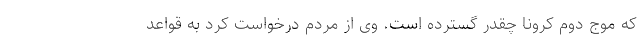
که موج دوم کرونا چقدر گسترده است. وی از مردم درخواست کرد به قواعد